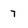
Character: 7